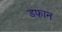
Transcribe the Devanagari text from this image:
डफान